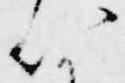
以